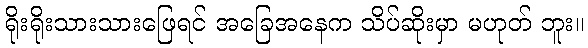
ရိုးရိုးသားသားဖြေရင် အခြေအနေက သိပ်ဆိုးမှာ မဟုတ် ဘူး။